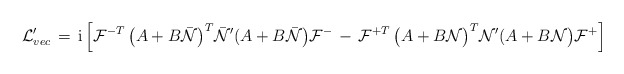
\begin{align*}{\cal L}^{\prime}_{vec} \, = \, {\rm i} \, \Bigl [{\cal F}^{-T}\, \bigl ( A + B {\bar {\cal N}} \bigr )^T {\bar {\cal N}}^\prime( A + B {\bar {\cal N}} \bigr ) {\cal F}^{-} \, - \, {\cal F}^{+T}\, \bigl ( A + B {\cal N} \bigr )^T {\cal N}^\prime( A + B {\cal N} \bigr ) {\cal F}^{+}\Bigr ]\end{align*}